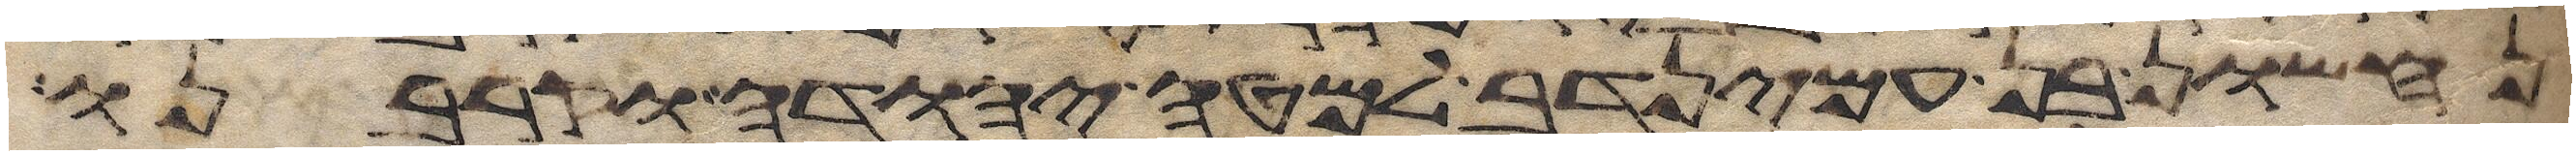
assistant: נחשון בן עמינדב למטה יהודה וקרבנו